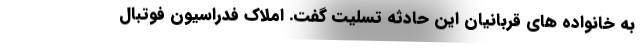
به خانواده های قربانیان این حادثه تسلیت گفت. املاک فدراسیون فوتبال